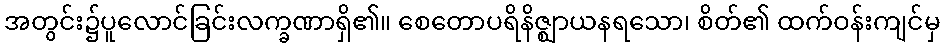
အတွင်း၌ပူလောင်ခြင်းလက္ခဏာရှိ၏။ စေတောပရိနိဇ္ဈာယနရသော၊ စိတ်၏ ထက်ဝန်းကျင်မှ